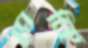
সেকি